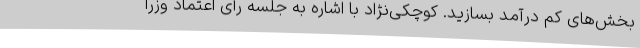
بخش‌های کم درآمد بسازید. کوچکی‌نژاد با اشاره به جلسه رأی اعتماد وزرا